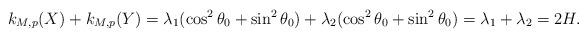
LaTeX: \begin{align*} k_{M,p}(X) + k_{M,p}(Y) = \lambda_1(\cos^2\theta_0+ \sin^2\theta_0)+\lambda_2(\cos^2\theta_0+ \sin^2\theta_0) = \lambda_1+\lambda_2 = 2H.\end{align*}